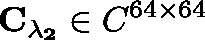
\mathbf { C _ { \lambda _ { 2 } } } \in \mathbb { C } ^ { 6 4 \times 6 4 }